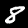
Digit: 8